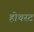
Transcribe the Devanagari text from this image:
होचस्ट